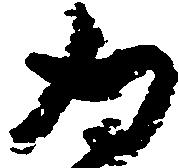
為